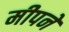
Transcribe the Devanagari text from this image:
मीपने